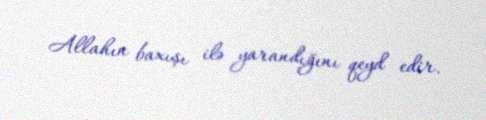
Allahın baxışı ilə yarandığını qeyd edir.